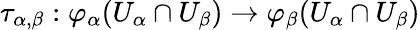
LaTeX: \tau_{\alpha,\beta}:\varphi_{\alpha}(U_{\alpha}\cap U_{\beta})\to\varphi_{\beta}(U_{\alpha}\cap U_{\beta})